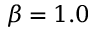
\beta = 1 . 0